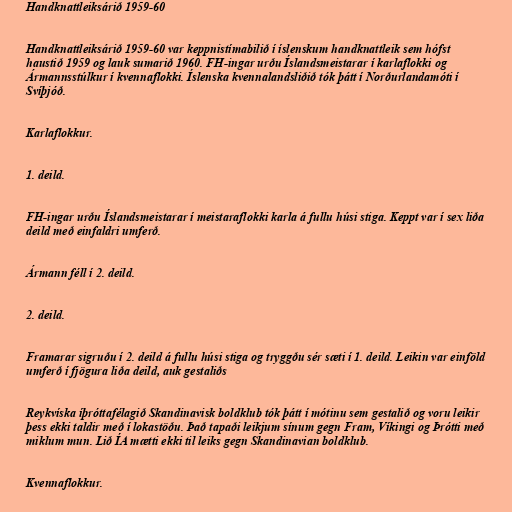
Handknattleiksárið 1959-60

Handknattleiksárið 1959-60 var keppnistímabilið í íslenskum handknattleik sem hófst
haustið 1959 og lauk sumarið 1960. FH-ingar urðu Íslandsmeistarar í karlaflokki og
Ármannsstúlkur í kvennaflokki. Íslenska kvennalandsliðið tók þátt í Norðurlandamóti í
Svíþjóð.

Karlaflokkur.

1. deild.

FH-ingar urðu Íslandsmeistarar í meistaraflokki karla á fullu húsi stiga. Keppt var í sex liða
deild með einfaldri umferð.

Ármann féll í 2. deild.

2. deild.

Framarar sigruðu í 2. deild á fullu húsi stiga og tryggðu sér sæti í 1. deild. Leikin var einföld
umferð í fjögura liða deild, auk gestaliðs

Reykvíska íþróttafélagið Skandinavisk boldklub tók þátt í mótinu sem gestalið og voru leikir
þess ekki taldir með í lokastöðu. Það tapaði leikjum sínum gegn Fram, Víkingi og Þrótti með
miklum mun. Lið ÍA mætti ekki til leiks gegn Skandinavian boldklub.

Kvennaflokkur.